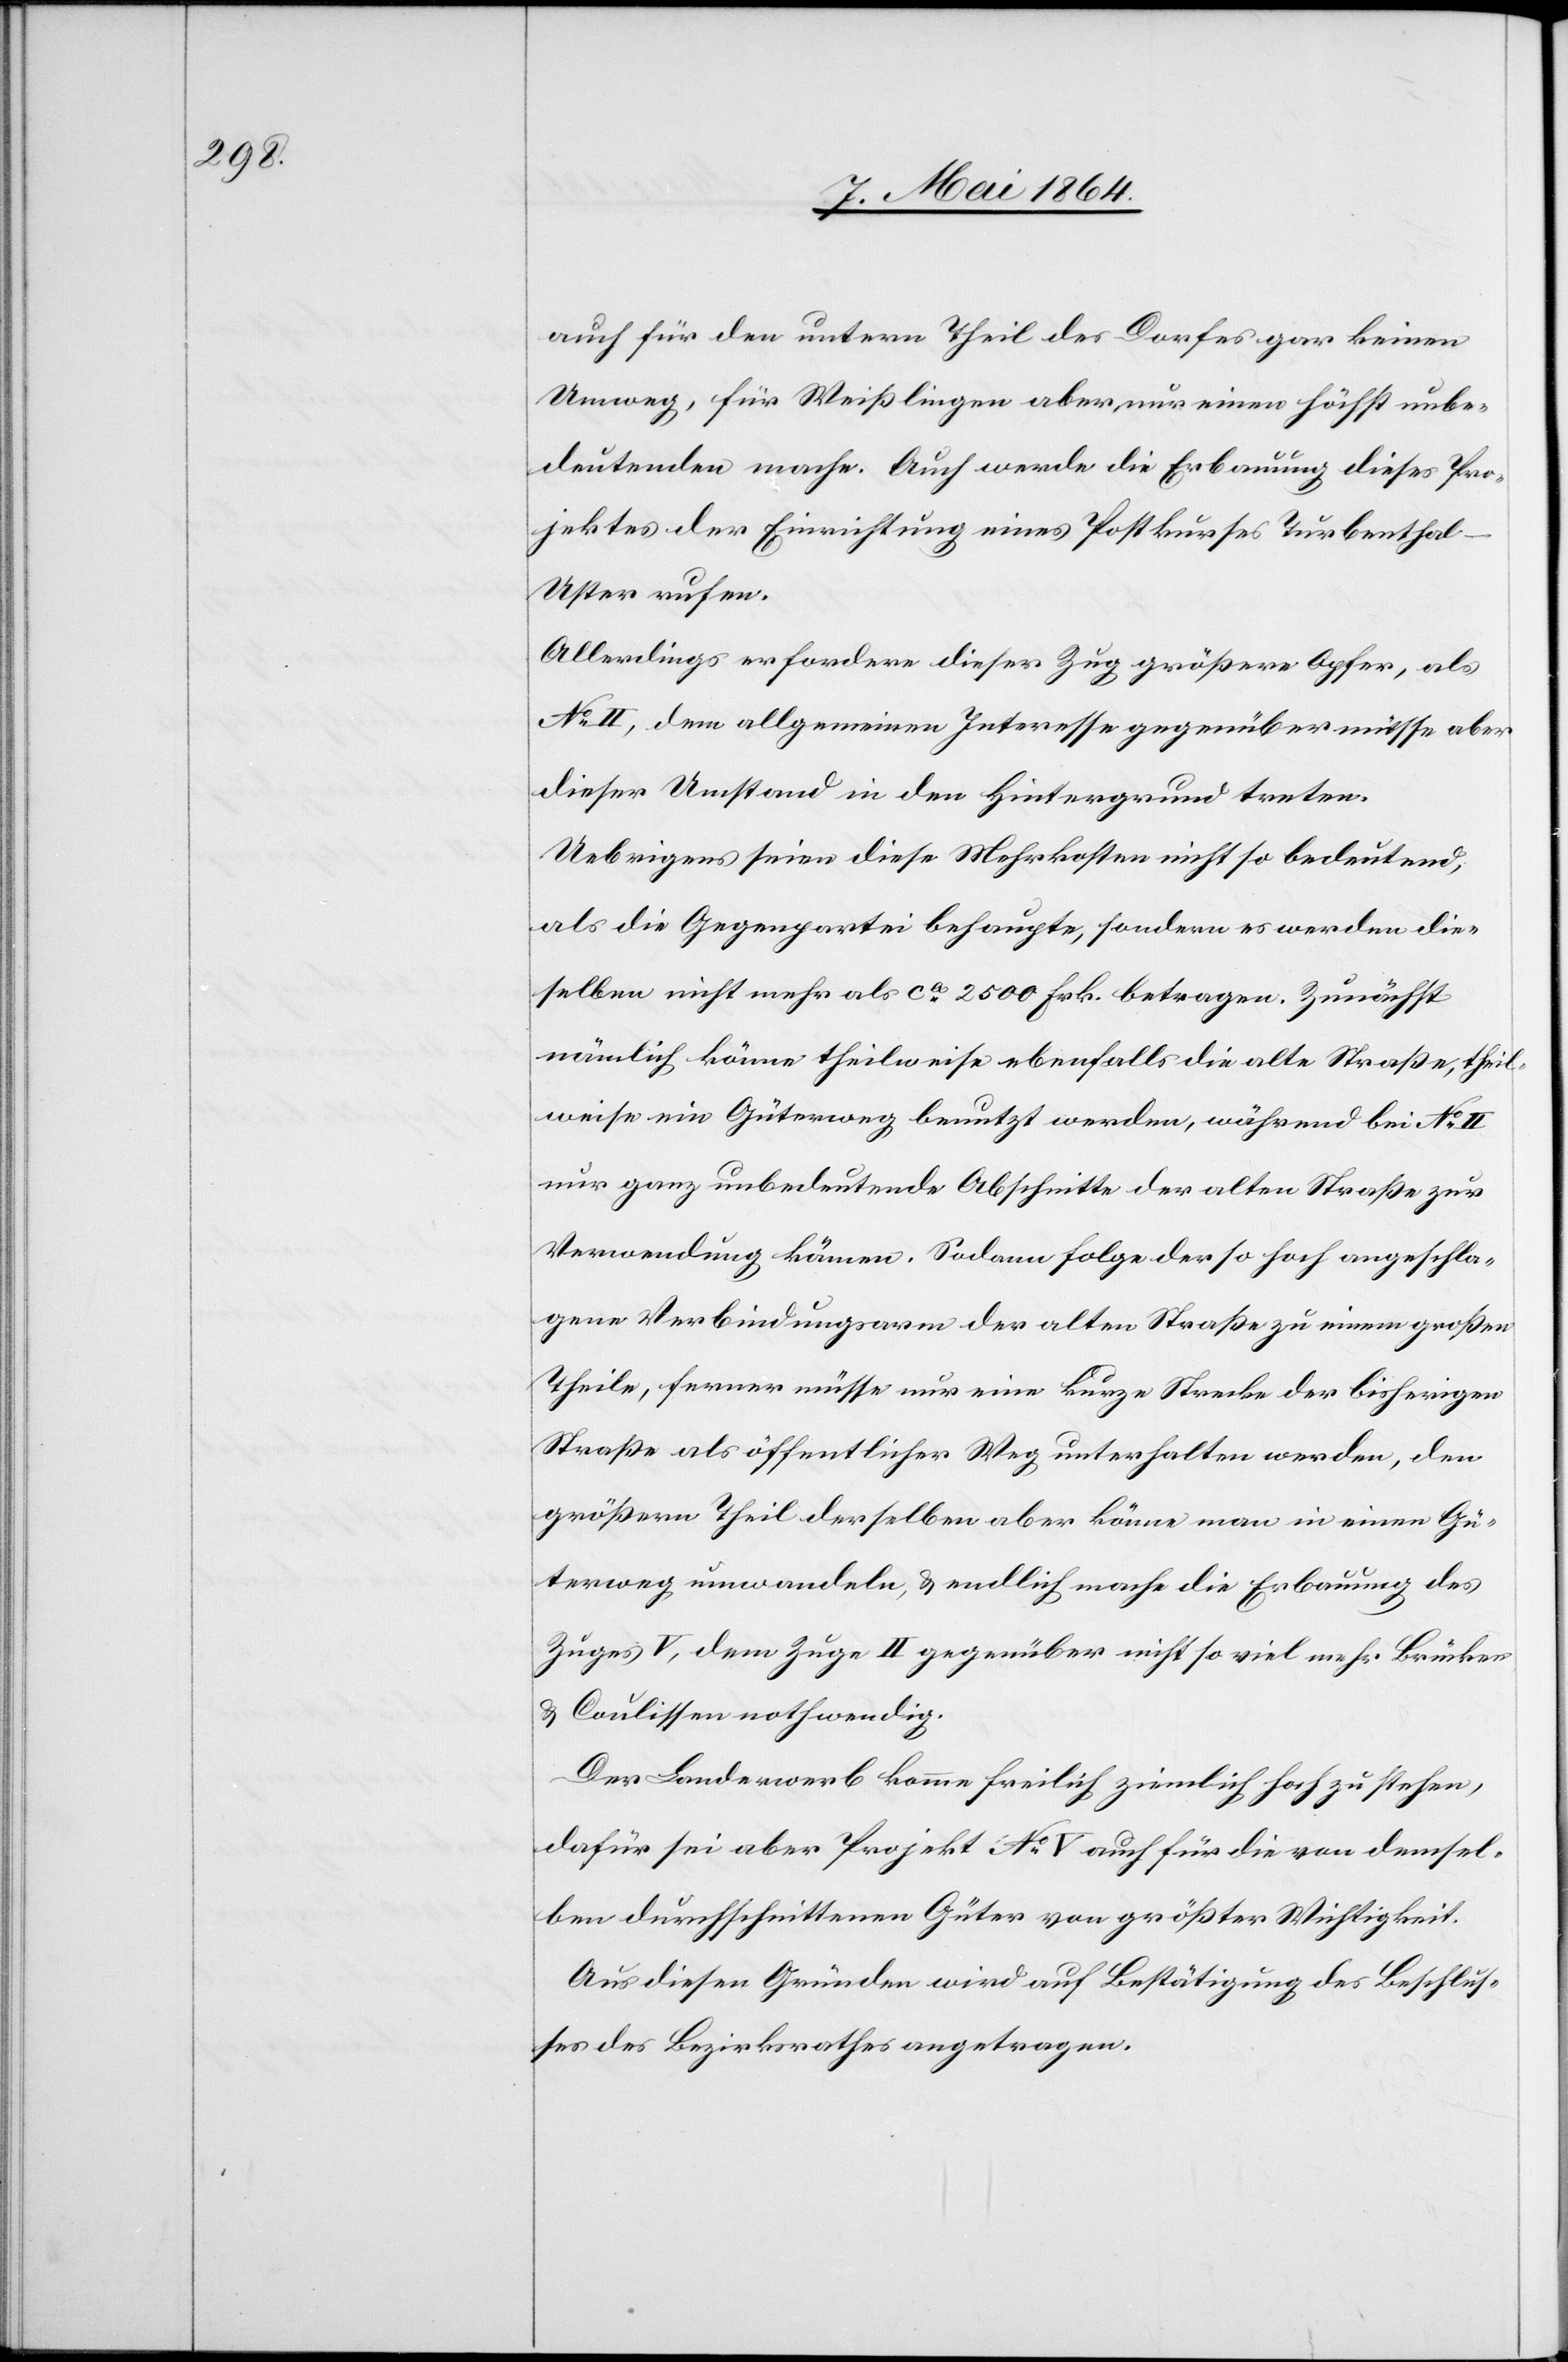
auch für den untern Theil des Dorfes gar keinen
Umweg, für Weißlingen aber nur einen höchst unbe¬
deutenden mache. Auch werde die Erbauung dieses Pro¬
jektes der Einrichtung eines Postkurses Turbentha¬
l–Uster rufen.
Allerdings erfordere dieser Zug größere Opfer, als
No II, dem allgemeinen Interesse gegenüber müsse aber
dieser Umstand in den Hintergrund treten.
Uebrigens seien diese Mehrkosten nicht so bedeutend,
als die Gegenpartei behaupte, sondern es werden die¬
selben nicht mehr als ca 2500 Frk. betragen. Zunächst
nämlich könne theilweise ebenfalls die alte Straße, theil¬
weise ein Güterweg benutzt werden, während bei No II
nur ganz unbedeutende Abschnitte der alten Straße zur
Verwendung kämen. Sodann folge der so hoch angeschla¬
gene Verbindungsarm der alten Straße zu einem großen
Theile, ferner müsse nur eine kurze Strecke der bisherigen
Straße als öffentlicher Weg unterhalten werden, den
größern Theil derselben aber könne man in einen Gü¬
terweg umwandeln, u. endlich mache die Erbauung des
Zuges V, dem Zuge II gegenüber nicht so viel mehr Brücken
u. Coulissen nothwendig.
Der Landerwerb komme freilich ziemlich hoch zu stehen,
dafür sei aber Projekt No V auch für die von demsel¬
ben durchschnittenen Güter von größter Wichtigkeit.
Aus diesen Gründen wird auf Bestätigung des Beschlus¬
ses des Bezirksrathes angetragen.